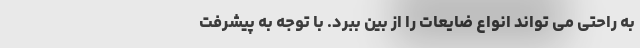
به راحتی می تواند انواع ضایعات را از بین ببرد. با توجه به پیشرفت